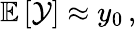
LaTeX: \mathbb{E}\left[\mathcal{Y}\right]\approx\mathnormal{y}_{0}\, ,